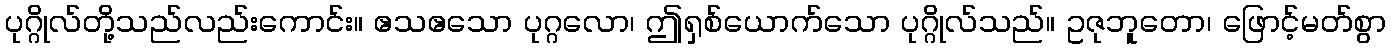
ပုဂ္ဂိုလ်တို့သည်လည်းကောင်း။ ဧသဧသော ပုဂ္ဂလော၊ ဤရှစ်ယောက်သော ပုဂ္ဂိုလ်သည်။ ဥဇုဘူတော၊ ဖြောင့်မတ်စွာ